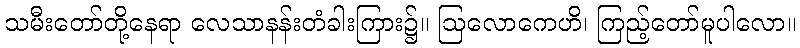
သမီးတော်တို့နေရာ လေသာနန်းတံခါးကြား၌။ ဩလောကေဟိ၊ ကြည့်တော်မူပါလော။